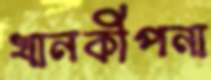
খানকীপনা